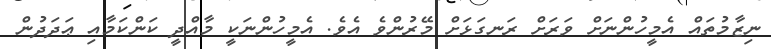
ނިޒާމުތައް އެމީހުންނަށް ވަރަށް ރަނގަޅަށް މޭރުންވެ އެވެ. އެމީހުންނަކީ މާއްދީ ކަންކަމާއި ޢަދަދުން